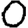
Digit: 0